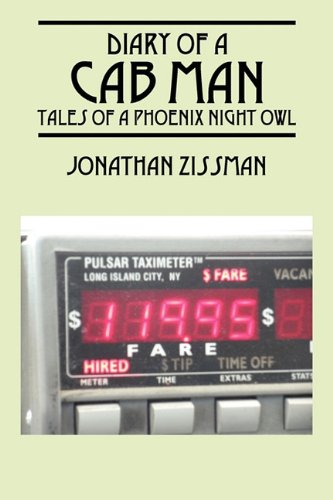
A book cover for Diary of a Cab Man: Tales of a Phoenix Night Owl; Jonathan Zissman; Engineering & Transportation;